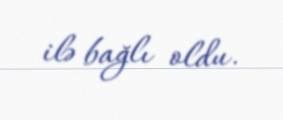
ilə bağlı oldu.